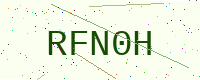
Text: RFN0H